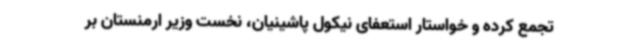
تجمع کرده و خواستار استعفای نیکول پاشینیان، نخست وزیر ارمنستان بر